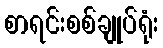
စာရင်းစစ်ချုပ်ရုံး